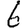
Digit: 6